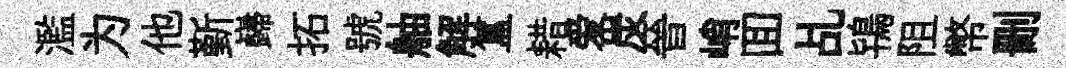
濫为他斳巋拓號舳解簋耤爱炭晉峭囬乩鴇阻幣删